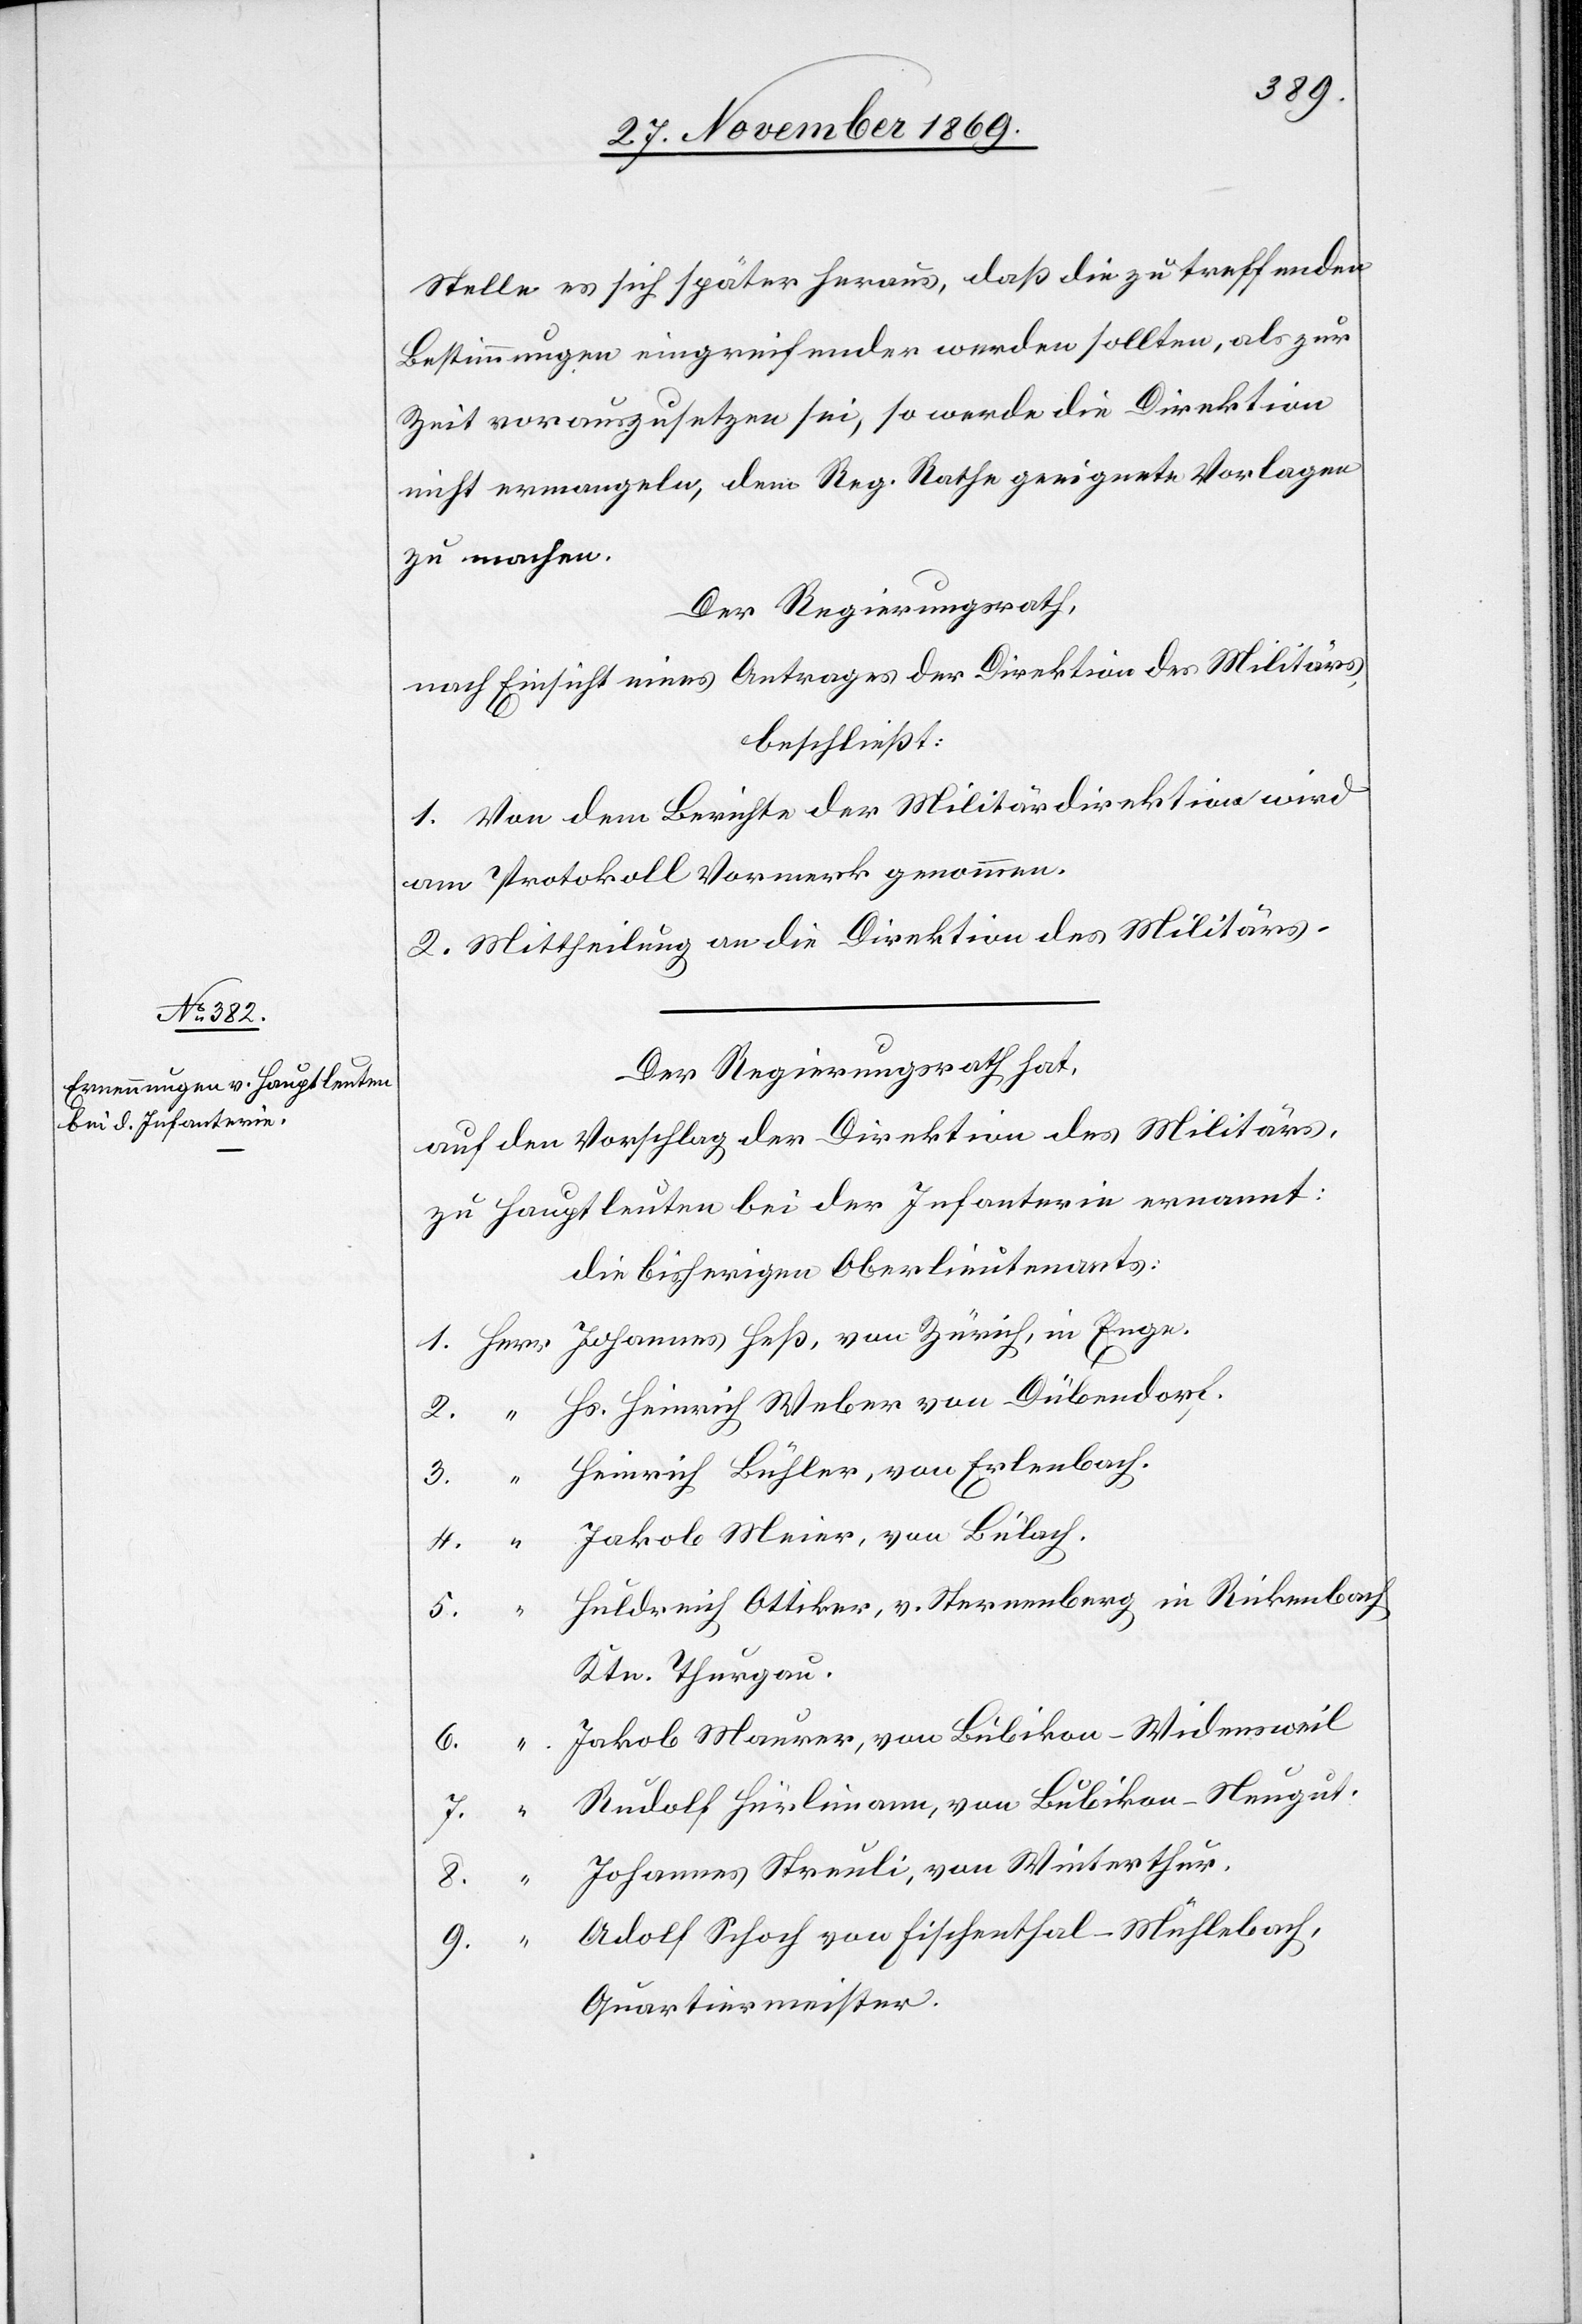
Stelle es sich später heraus, daß die zu treffenden
Bestimmungen eingreifender werden sollten, als zur
Zeit vorauszusetzen sei, so werde die Direktion
nicht ermangeln, dem Reg. Rathe geeignete Vorlagen
zu machen.
Der Regierungsrath,
nach Einsicht eines Antrages der Direktion des Militärs,
beschließt:
1. Von dem Berichte der Militärdirektion wird
am Protokoll Vormerk genommen.
2. Mittheilung an die Direktion des Militärs.
Der Regierungsrath hat,
auf den Vorschlag der Direktion des Militärs,
zu Hauptleuten bei der Infanterie ernannt:
die bisherigen Oberlieutenants:
Hs. Heinrich Weber von Dübendorf.
Heinrich Bühler, von Erlenbach.
Huldreich Ottiker, v. Sternenberg in Rickenbach
Ktn. Thurgau.
Jakob Maurer, von Bubikon - Widensweil
Rudolf Hürlimann, von Bubikon - Neugut.
Johannes Streuli, von Winterthur.
9.
Adolf Schoch von Fischenthal - Mühlebach,
Quartiermeister.